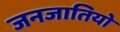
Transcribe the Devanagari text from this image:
जनजातियो